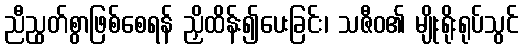
ညီညွတ်စွာဖြစ်စေရန် ညှိထိန်း၍ပေးခြင်း၊ သဇီဝ၏ မျိုးရိုးရုပ်သွင်